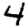
Digit: 4